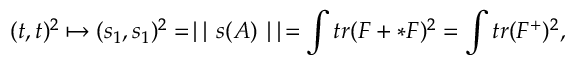
( t , t ) ^ { 2 } \mapsto ( s _ { 1 } , s _ { 1 } ) ^ { 2 } = \mid \mid s ( A ) \mid \mid = \int t r ( F + * F ) ^ { 2 } = \int t r ( F ^ { + } ) ^ { 2 } ,